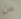
عن